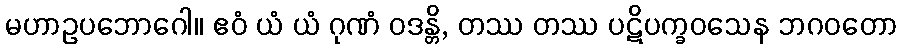
မဟာဥပဘောဂေါ။ ဧဝံ ယံ ယံ ဂုဏံ ဝဒန္တိ, တဿ တဿ ပဋိပက္ခဝသေန ဘဂဝတော